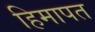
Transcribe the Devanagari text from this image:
हिमापत